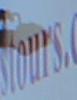
ours